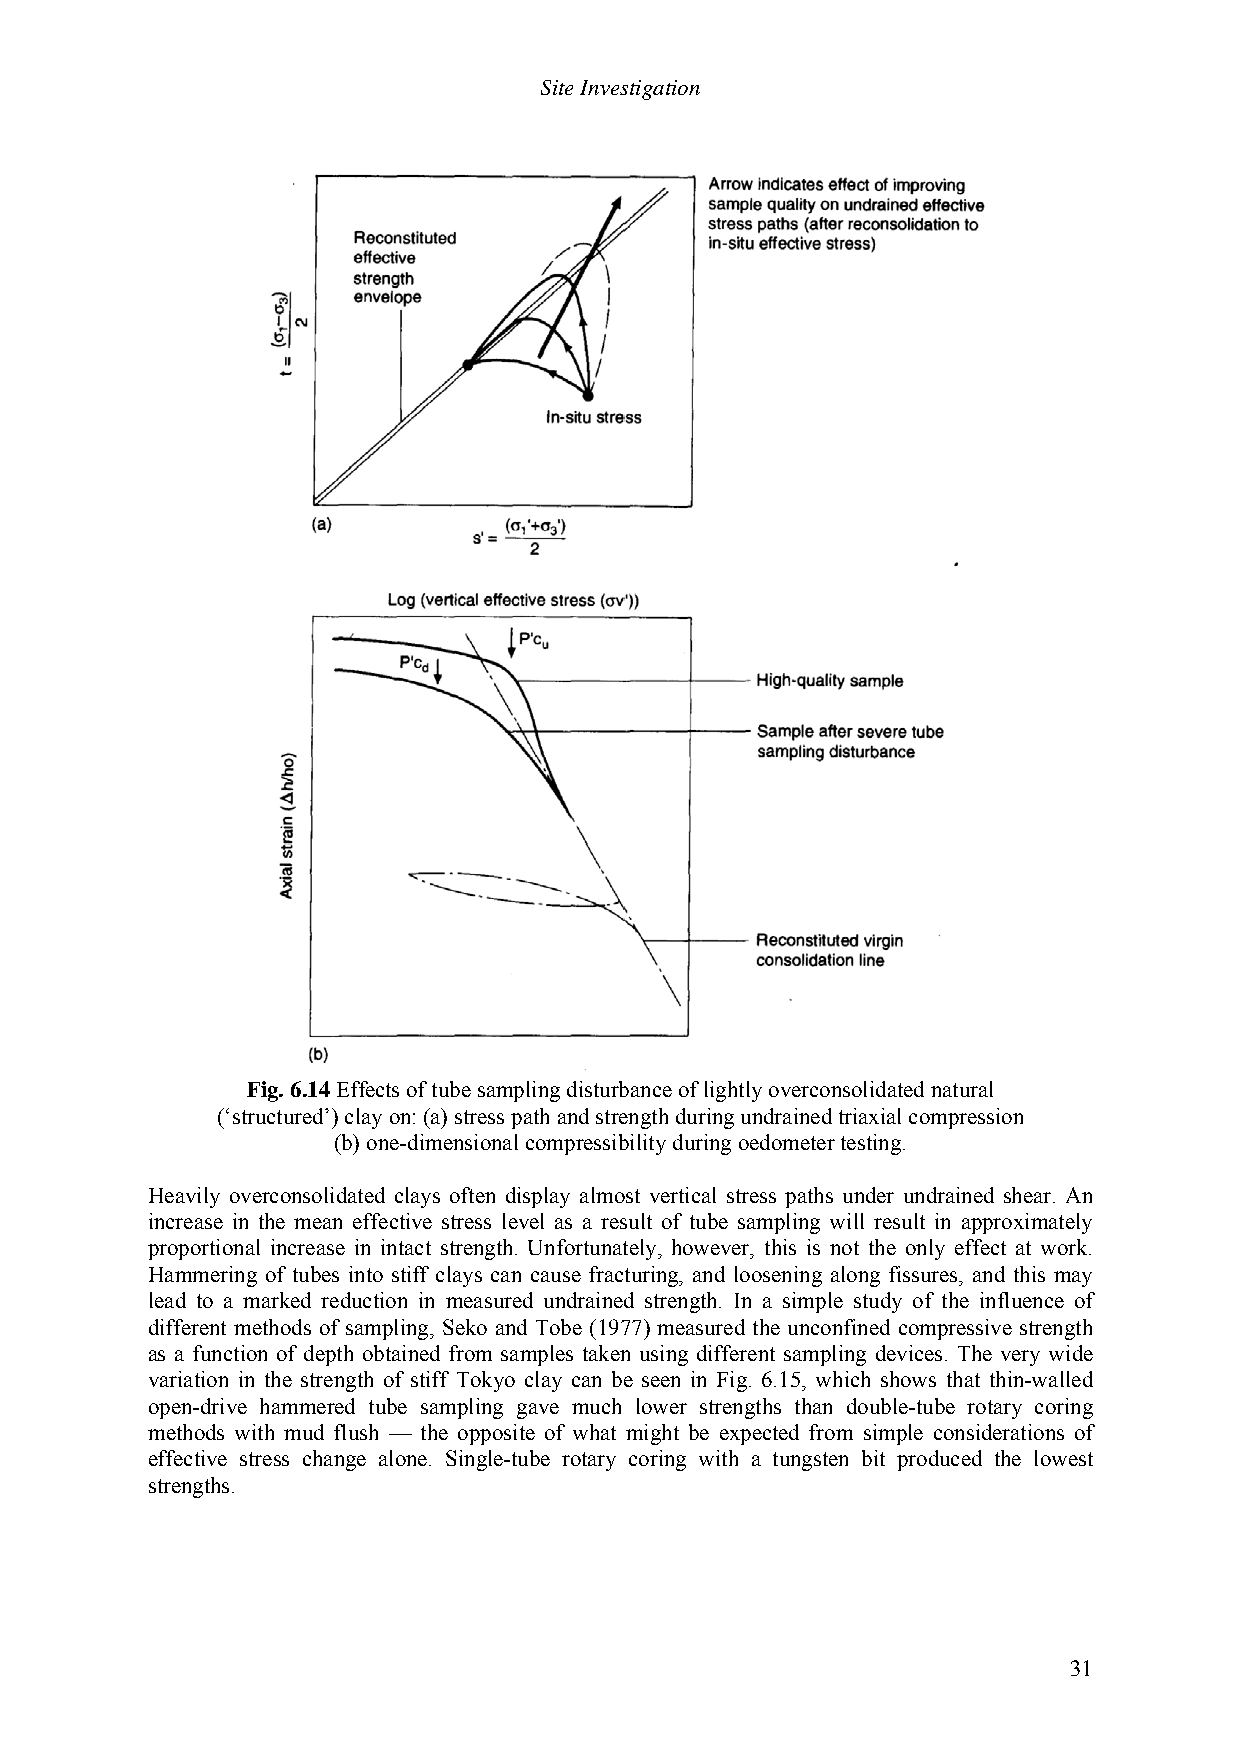
Site Investigation
 Fig. 6.14 Effects of tube sampling disturbance of lightly overconsolidated natural
 (‘structured’) clay on: (a) stress path and strength during undrained triaxial compression
 (b) one-dimensional compressibility during oedometer testing.
 Heavily overconsolidated clays often display almost vertical stress paths under undrained shear. An
 increase in the mean effective stress level as a result of tube sampling will result in approximately
 proportional increase in intact strength. Unfortunately, however, this is not the only effect at work.
 Hammering of tubes into stiff clays can cause fracturing, and loosening along fissures, and this may
 lead to a marked reduction in measured undrained strength. In a simple study of the influence of
 different methods of sampling, Seko and Tobe (1977) measured the unconfined compressive strength
 as a function of depth obtained from samples taken using different sampling devices. The very wide
 variation in the strength of stiff Tokyo clay can be seen in Fig. 6.15, which shows that thin-walled
 open-drive hammered tube sampling gave much lower strengths than double-tube rotary coring
 methods with mud flush — the opposite of what might be expected from simple considerations of
 effective stress change alone. Single-tube rotary coring with a tungsten bit produced the lowest
 strengths.
 31